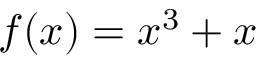
f ( x ) = x ^ { 3 } + x